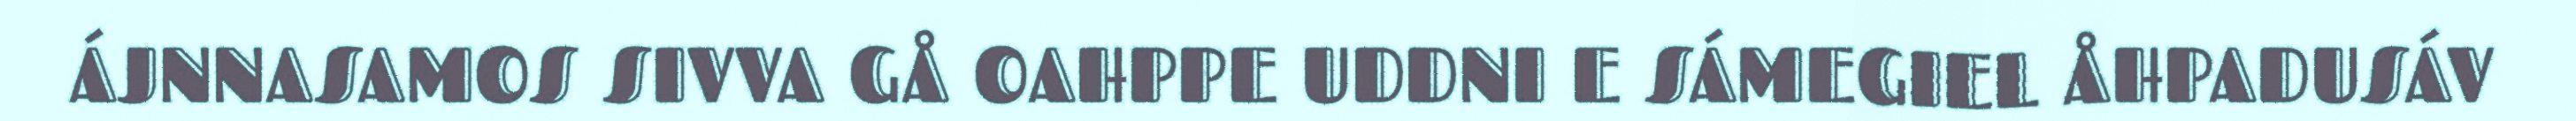
ÁJNNASAMOS SIVVA GÅ OAHPPE UDDNI E SÁMEGIEL ÅHPADUSÁV